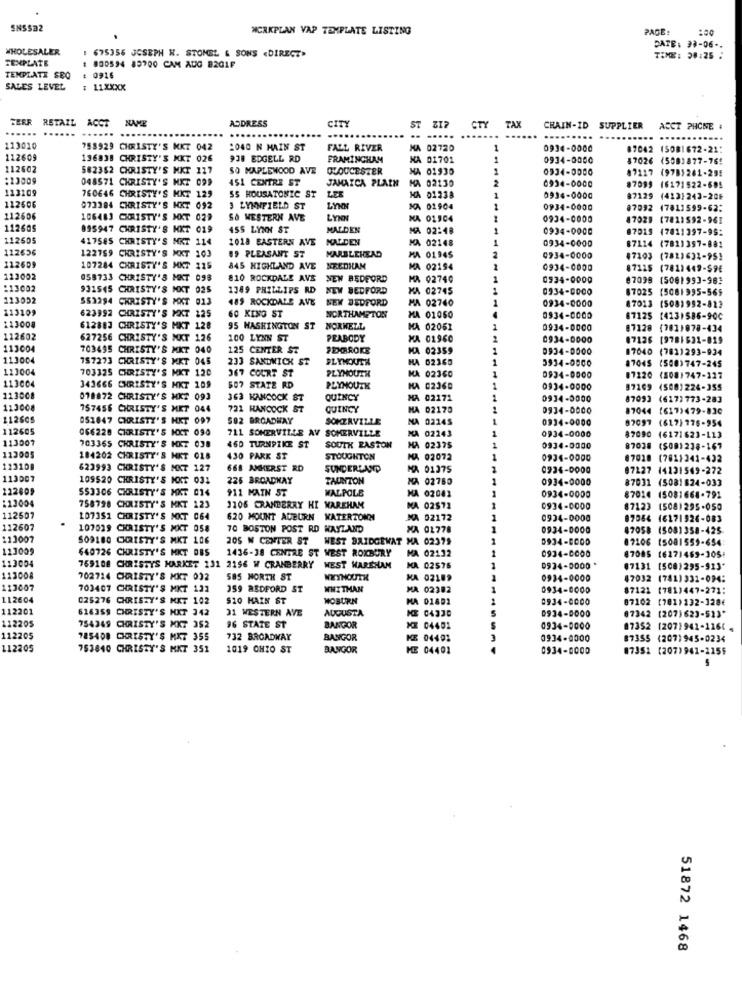
SNSSa2
WORKPLAN VAP TEMPLATE LISTING
PAGE:
:00
WHOLESALER
1 675356 JOSEPH W. STOMEL & SONS «DIRECT>
DATE: 30-06 -.
TEXPLATE
TIME: 20:25 :
# 800594 83700 CAM AUG B201F
TEMPLATE SEQ
0916
SALES LEVEL
$ 11XXXX
TERR
RETAIL
ACCT
ADDRESS
....
CITY
ST
CTY
TAX
CHAIN-ID
SUPPLIER
ACCT PHONE :
..
.....
....
......
.....
113010
798929 CHRISTY'S MKT 042
2040 N MAIN ST
FALL RIVER
KA 02720
1
0934-0000
87042 (SOBI672-21:
112609
196838 CHRISTY'S MKT 026
938 EDGELL RD
FRAMINGHAM
NA 01701
1
0934-0060
87026 (508)877-765
112602
582352 CHRISTY'S MKT 117
SO MAPLEWOOD AVE
GLOUCESTER
HA 01930
0934-0000
47117 (9781261-255
048571 CHRISTY'S MXT 099
4SI CENTRE ST
JAMAICA PLAIN
MA 02130
0934-0000
113109
87099 16171522-695
760646 CHRISTY'S MKT 129
SS HOUSATONIC ST
LEE
KA 01238
1
0934-0000
87129
(4121243-206
112606
073384 CHRISTY'S MET 092
3 LYNNFIELD ST
LYNN
KA 01904
1
0934-0000
#7092 17811599-62:
112606
106483 CHRISTY'S MKT 029
S& WESTERN AVE
LYNN
NA 01904
0934-0000
87021
(7811592-96]
112605
895947 CHRISTY'S MKT 019
4SS LYNN ST
MALDEN
MA 02:48
0934-0000
87015 (7811397-99:
112605
417585 CHRISTY'S MKT 114
1018 EASTERN AVE
MALDEN
MA 02148
1
--
0934-0000
112636
122759 CHRISTY'S MKT 103
87114 (7811357-881
09 PLEASANT ST
MARBLEHEAD
MA 01945
0934-0000
17103 (782)634-95]
112609
107284 CHRISTY'S MKT 225
845 HIGHLAND AVE
NEEDHAM
MA 02194
1
0934-0000
47115
(7811449-$9E
113002
058733 CHRISTY'S MKT 098
810 ROCKDALE AVE
NEW BEDFORD
MA 02740
0934-0000
07099 (5081993-983
113002
931545 CHRISTY'S MKT 025
1349 PHILLIPS RD
NEW BEDFORD
MA 02745
0934-0000
$7025 [5081995-565
113092
SS3294 CHRISTY'S MKT 013
485 ROCKDALE AVE
NEW BEDFORD
MA 02760
0934-0000
113109
623992
87013 (508)992-823
CHRISTY'S MKT 125
60 KING ST
NORTHAMPTON
MA 01050
0934-0000
87125 (4131586-900
113008
612883 CHRISTY'S MKT 128
95 WASHINGTON ST
NORWELL
MA 02061
0934-0000
87128
(7021078-434
112602
627256 CHRISTY'S MKT 126
100 LYNN ST
PEABODY
KA 01960
0934-0000
17126
[9781531-819
113004
703495 CHRISTY'S MKT 040
125 CENTER ST
PERROKE
KA 02359
1
0934-0000
17040 (7821293-934
113004
157273 CHRISTY'S MKT 045
233 SANDWICH ST
PLYMOUTH
HA 02360
1
3534-0000
87045 (508)747-245
113004
703325
CHRISTY'S MKT 120
PLYMOUTH
0934-0000
367 COURT ST
MA 02360
07220 (508)747-117
113004
343666 CHRISTY'S MKT 109
507 STATE RD
PLYMOUTH
HA 02360
0934-0000
87109 (508)224-355
113008
018872 CHRISTY'S MKT 093
363 HANCOCK ST
QUINCY
02171
0934-0000
87093 (617)773-283
113008
757456 CHRISTY'S MET 044
721 HANCOCK ST
QUINCY
HA 02170
0934-0000
87044 [617)479-830
112605
051847
CHRISTY'S HKT 097
$92 BROADWAY
SOMERVILLE
NA 0214S
0934-0000
82097 (617) 776-954
112605
066228 CHRISTY'S NXT 090
711 SOMERVILLE AV SOMERVILLE
NA 02243
0934-0000
113007
460 TURNPIKE ST
87090 (6171623-113
112005
703365 CHRISTY'S MKT 038
SOUTH EASTON
HA 02375
0934-0000
87038 ($08) 238-167
184202 CHRISTY'S HET 018
430 PARK ST
STOUGHTON
KA 02072
0934-0000
07020 (7811241-432
123109
623993 CHRISTY'S MKT 127
668 AMHERST RD
SUNDERLAND
MA 01375
0934-0000
87227 14131549-272
113007
109520 CHRISTY'S KOKT 031
225 BROADMAY
TAUNTON
A 02780
0934-0000
87031 (5081824-033
122009
$53306 CHRISTY'S MKT 014
911 MAIN ST
WALPOLE
MA 02081
0934-0000
87014 15081668-791
113004
758798 CHRISTY'S MKT 123
1105 CRANBERRY HI WAREHAM
MA 02572
0934-0000
87123 (5081295-050
112507
107351 CHRISTY'S MKT 064
620 MOUNT AUBURN WATERTONN
MA 02172
0934-0000
87084 46171926-083
112607
107029 CHRISTY'S MKT 058
70 BOSTON POST RD WAYLAND
MA 01778
0934-0000
87058 (5081358-425
11.3007
SOMLEO CHRISTY'S MKT 106
205 W CENTER ST
WEST BRIDGEWAT MA 02375
D934-8000
07106 (5081559-654
113009
640726 CHRISTY'S MKT DES
1436-38 CENTRE ST WEST ROXBURY
MA 02132
0934-0000
87085 (6271469-305
113004
769108 CHRISTYS MARKET 131 2156 W CRANBERRY WEST MAREHAN
MA 02576
0934-0000 *
(7131 (508)295-913"
113008
702714 CHRISTY'S MKT 032
585 MORTH ST
MA 02189
0934-0000
$7032 (781)331-094:
113007
703407 CHRISTY'S MKT 121
359 BEDFORD ST
WHITMAN
MA 02382
0934-0000
87122 (781)447-271:
112604
025276 CHRISTY'S MKT 102
$10 MAIN ST
HOBURN
MA 01801
0934-8000
87102 [781)132-128€
112201
616359 CHRISTY'S MKT 342
31 WESTERN AVE
AUGUSTA
0934-8000
07342 (207)623-513*
KE 04330
112205
754249 CHRISTY'S MKT 352
96 STATE ST
BANGOR
KE 04401
0934-0000
87352 (207)941-1160
112205
185400 CHRISTY'S MKT 355
732 BROADWAY
BANGOR
KE 04401
0934-8000
87355 (2071945-0234
112205
753840 CHRISTY'S MKT 351
1019 OHIO ST
BANGOR
ME 04401
0934-8000
07351 (207)941-1155
51872 1468